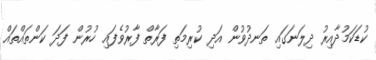
ކުޑަކަމުދާއިރު ދިލަނަގައި ތަނދުވުން އަދި ކުރިމަތި ފަރާތް ފާރުވެފައި ހުރުން ފަދަ ކަންތައްތައް